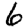
Digit: 6